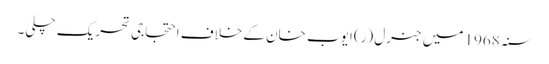
سنہ 1968 میں جنرل (ر) ایوب خان کے خلاف احتجاجی تحریک چلی۔